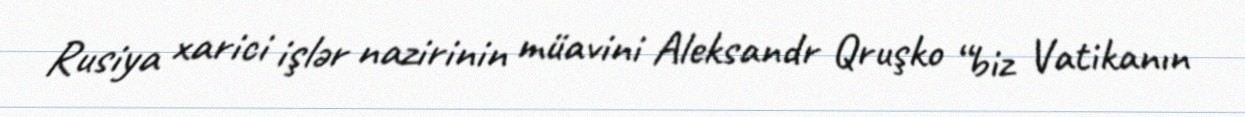
Rusiya xarici işlər nazirinin müavini Aleksandr Qruşko “biz Vatikanın